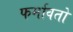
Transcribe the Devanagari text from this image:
फर्मावतो